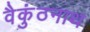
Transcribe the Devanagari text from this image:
वैकुंठनाथ